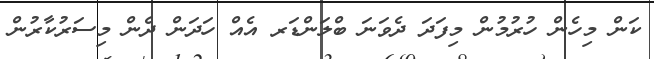
ކަން މިހެން ހުރުމުން މިފަދަ ދެވަނަ ބްލަންޑަރ އެއް ހަދަން ދެން މިސަރުކާރުން